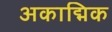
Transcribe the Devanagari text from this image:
अकाद्मिक